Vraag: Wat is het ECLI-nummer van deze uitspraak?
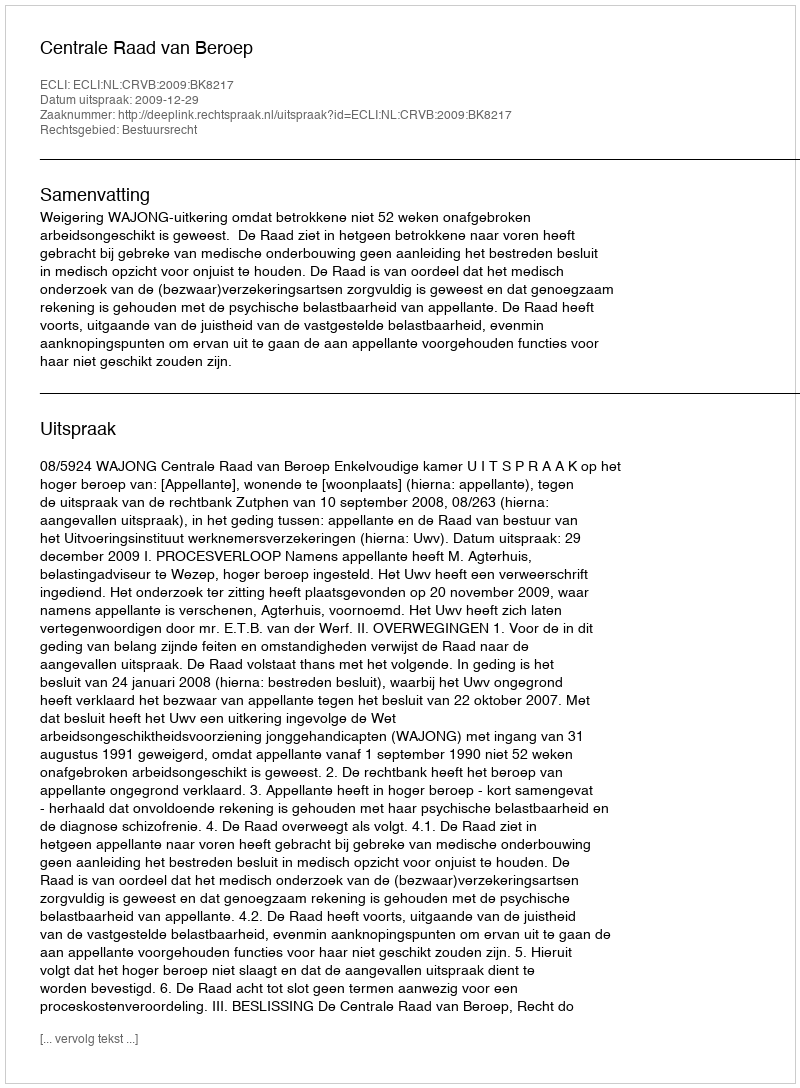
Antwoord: ECLI:NL:CRVB:2009:BK8217